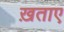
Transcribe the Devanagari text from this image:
ख़ताए